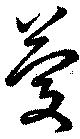
慶